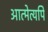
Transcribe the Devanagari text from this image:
आत्मेत्यपि